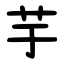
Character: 芋